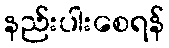
နည်းပါးစေရန်